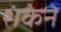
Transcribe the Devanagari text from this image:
शंकेने